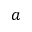
a